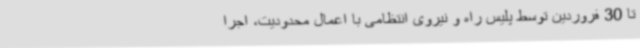
تا 30 فروردین توسط پلیس راه و نیروی انتظامی با اعمال محدودیت، اجرا